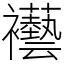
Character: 襼